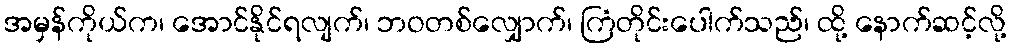
အမှန်ကိုယ်က၊ အောင်နိုင်ရလျက်၊ ဘဝတစ်လျှောက်၊ ကြံတိုင်းပေါက်သည်၊ ထို့ နောက်ဆင့်လို့